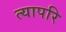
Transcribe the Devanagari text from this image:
त्यापरि